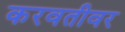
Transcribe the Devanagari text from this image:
करवतीवर